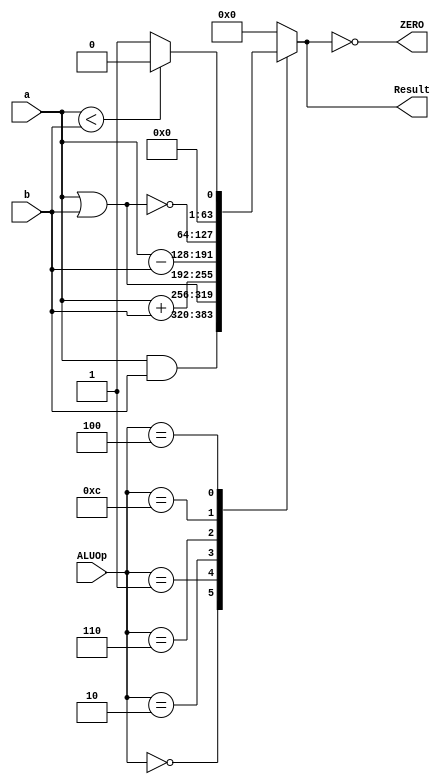
`timescale 1ns / 1ps
//////////////////////////////////////////////////////////////////////////////////
// Company: 
// Engineer: 
// 
// Design Name: 
// Module Name: ALU_64_bit
// Project Name: 
// Target Devices: 
// Tool Versions: 
// Description: 
// 
// Dependencies: 
// 
// Revision:
// Revision 0.01 - File Created
// Additional Comments:
// 
//////////////////////////////////////////////////////////////////////////////////


module ALU_64_bit
(
	input [63:0]a, b,
	input [3:0] ALUOp,
	
	output reg [63:0] Result,
	output ZERO
);

localparam [3:0]
AND = 4'b0000,
OR	= 4'b0001,
ADD	= 4'b0010,
Sub	= 4'b0110,
NOR = 4'b1100,
Less = 4'b0100;

assign ZERO = (Result == 0);

always @ (ALUOp, a, b)
begin
	case (ALUOp)
		AND: Result = a & b;
		OR:	 Result = a | b;
		ADD: Result = a + b;
		Sub: Result = a - b;
		NOR: Result = ~(a | b);
		Less: Result = (a < b) ? 0 : 1;   //less than operation
		
		default: Result = 0;
	endcase
end

endmodule